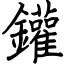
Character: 鑵